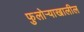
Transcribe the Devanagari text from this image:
फुलोऱ्याखालील